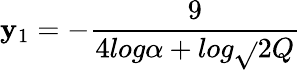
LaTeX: \mathbf{y}_{1}=-\frac{{9}}{{4log\alpha+log\sqrt{}{{2}}Q}}